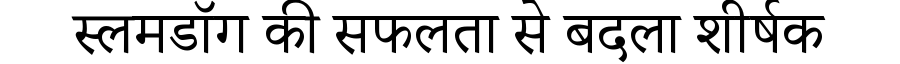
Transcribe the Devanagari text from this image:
स्लमडॉग की सफलता से बदला शीर्षक